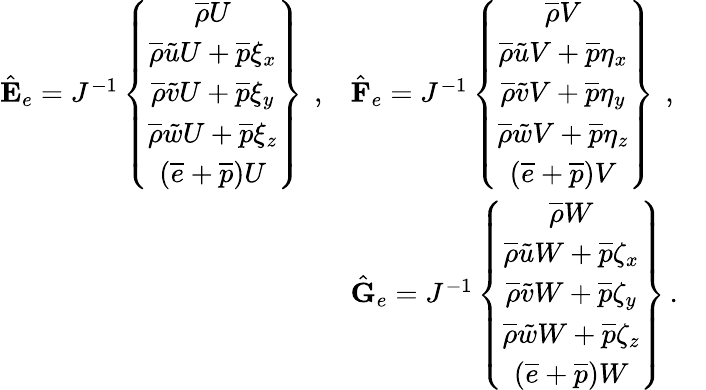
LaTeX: \begin{array}{rlr}{\hat{\mathbf{E}}_{e}=J^{-1}\left\{ \begin{array}{c}{\overline{{\rho}}U}\\ {\overline{{\rho}}\tilde{u}U+\overline{{p}}\xi_{x}}\\ {\overline{{\rho}}\tilde{v}U+\overline{{p}}\xi_{y}}\\ {\overline{{\rho}}\tilde{w}U+\overline{{p}}\xi_{z}}\\ {\left(\overline{{e}}+\overline{{p}}\right)U}\end{array}\right\} \, \mathrm{~,}}&{\hat{\mathbf{F}}_{e}=J^{-1}\left\{ \begin{array}{c}{\overline{{\rho}}V}\\ {\overline{{\rho}}\tilde{u}V+\overline{{p}}\eta_{x}}\\ {\overline{{\rho}}\tilde{v}V+\overline{{p}}\eta_{y}}\\ {\overline{{\rho}}\tilde{w}V+\overline{{p}}\eta_{z}}\\ {\left(\overline{{e}}+\overline{{p}}\right)V}\end{array}\right\} \, \mathrm{~,}}&\\ &{\hat{\mathbf{G}}_{e}=J^{-1}\left\{ \begin{array}{c}{\overline{{\rho}}W}\\ {\overline{{\rho}}\tilde{u}W+\overline{{p}}\zeta_{x}}\\ {\overline{{\rho}}\tilde{v}W+\overline{{p}}\zeta_{y}}\\ {\overline{{\rho}}\tilde{w}W+\overline{{p}}\zeta_{z}}\\ {\left(\overline{{e}}+\overline{{p}}\right)W}\end{array}\right\} \, \mathrm{.}}&\end{array}